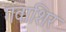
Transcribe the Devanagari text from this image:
गवाशिर